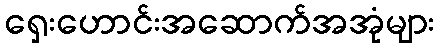
ရှေးဟောင်းအဆောက်အအုံများ